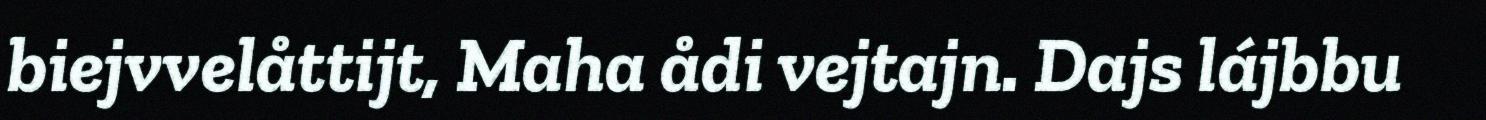
biejvvelåttijt, Maha ådi vejtajn. Dajs lájbbu